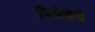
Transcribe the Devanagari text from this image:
पिनोचेचे